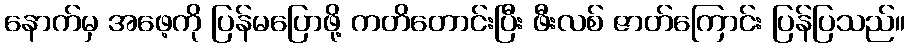
နောက်မှ အဖေ့ကို ပြန်မပြောဖို့ ကတိတောင်းပြီး ဖီးလစ် ဇာတ်ကြောင်း ပြန်ပြသည်။